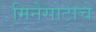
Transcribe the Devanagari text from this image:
मिनेसोटाचे